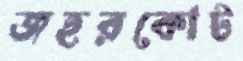
জহরকোট